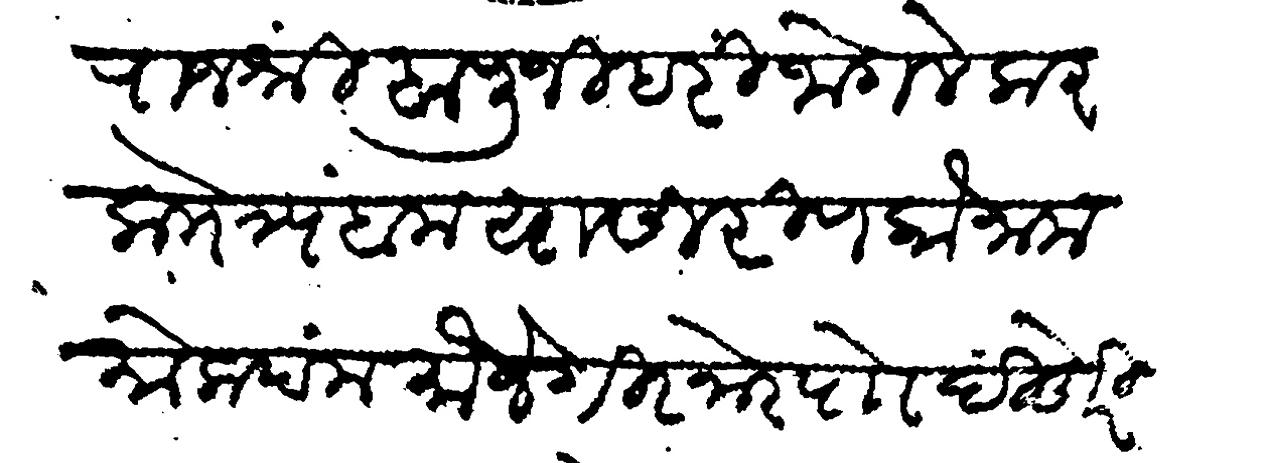
Transliteration (Devanagari): राजश्री बापुजी हरी जोगलेकर काो त्र्यंबक यासी रिणको नाम मोकदम मौजे गिरनोर पाो दिडोंरी